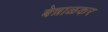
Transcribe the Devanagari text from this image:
बेन्नाळकर